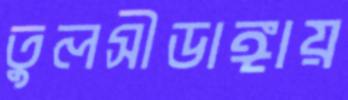
তুলসীডাঙ্গায়